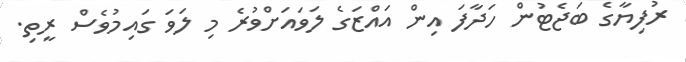
ރުފިޔާގެ ބަޖެޓުން ހަދާފަ އިން އައްޒަގެ ލަވައަށްވުރެ މި ލަވަ ގައިމުވެސް ރީތި.